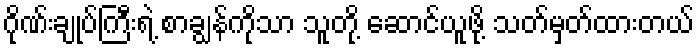
ဂိုဏ်းချုပ်ကြီးရဲ့ စာချွန်ကိုသာ သူတို့ ဆောင်ယူဖို့ သတ်မှတ်ထားတယ်